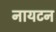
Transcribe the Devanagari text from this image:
नायटन